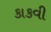
કાકવી